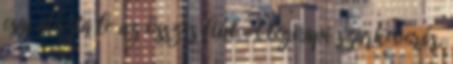
csaj alázta le az összes fiút. A tegnapi szarkeverés,